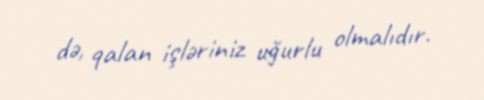
də, qalan işləriniz uğurlu olmalıdır.